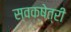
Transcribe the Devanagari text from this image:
स्वक्षेत्री